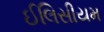
ઈલિસીયમ